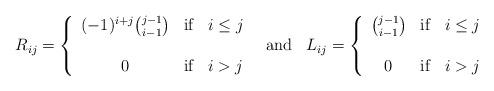
LaTeX: \begin{align*}\begin{array}{lcl}R_{ij} = \left\{ \begin{array}{crl}(-1)^{i+j} \binom{j-1}{i-1} & {\rm if} & i \le j \\ & & \\ 0 & {\rm if} & i > j \end{array} \right. & {\rm and} &L_{ij} = \left\{ \begin{array}{crl} \binom{j-1}{i-1} & {\rm if} & i \le j \\ & & \\ 0 & {\rm if} & i > j \end{array} \right.\end{array}\end{align*}